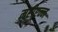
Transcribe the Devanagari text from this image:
मरीएन्न